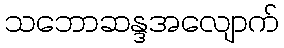
သဘောဆန္ဒအလျောက်